Report of an investigation in regard to the prevalence of stegomyia and other mosquitoes in Karachi, and the measures necessary for their control
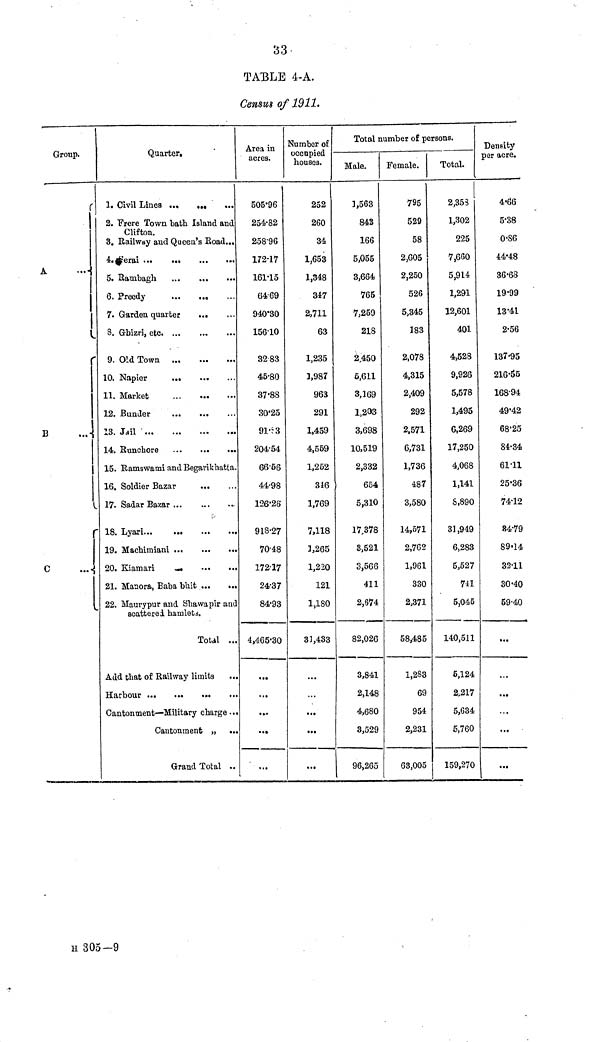
33
TABLE 4-A.
Ceusus of 1911.
Group.
A
Area in N u m b e r o c c u p i e d Ar e a in a c r e s occupied
houses.
1. Civil Lines
2. Frere Town bath Island and
Clifton.
3. Railway and Queen's Road...
5. Rambagh
6. Preedy
7. Garden quarter
8. Gbizri, etc
9. Old Town
10. Napier
11. Market
12. .Bunder
13. Jail
14. Runchore
15. Ramswami and Begarikhatta.
16. Soldier Bazar
17. Sadar Bazar ...
19. Macbimiani
20. Kiamari
.
21. Manora, Baba bhit ...
...
22. Mauvypur and Shawapir and
scattered hamlets.
Total ...
Add that of Railway limita
...
Cantontnent—Military charge...
Cantonment
...
Grand Total ..
505·96
254·82
258·96
172·17
161·15
6469
940·30
15610
32 83
45·80
37·83
30·25
91·93
204·54
66·56
44·98
126·26
918·27
70·48
17217
24·37
84·93
4,465·30
,.,
...
...
252
260
34
1,653
1,348
347
2,711
63
1,235
3,987
963
291
1,459
4,559
1,252
3i6
1,769
7118
1,265
1,220
121
1,180
33,433
«••
...
...
Total
Male.
1,563
843
166
5,055
3,664
765
7,259
218
2,450
5,611
3,169
1,203
3,698
10,519
2,332
654
5,310
17·378
3,521
3,566
411
2,674
82,026
3,841
2,148
4,680
3,529
96,265
Number of persons.
Female.
795
529
58
2,605
2,250
526
5,345
183
2,078
4,315
2,409
292
2,571
6,731
1,736
487
3,580
14,571
2,762
1,961
330
2,371
58,485
1,283
69
954
2,231
63,005
Total.
2,353
1,302
225
7,660
5,914
1,291
12,601
401
4,528
9,926
5,578
1,495
6,269
17,250
4,068
1,141
8,890
31,949
6,283
5,527
741
5,045
140,511
5,124
2,217
5,634
5,760
159,270
Density
per acre.
4·66
5·38
0·86
44·48
36·68
19·99
13·41
2·56
137·95
216·55
168·94
49·42
68·25
84·34
61·11
25·36
74·12
84·79
89·14
32·11
30·40
59·40
...
.. •
...
...